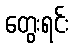
တွေးရင်း